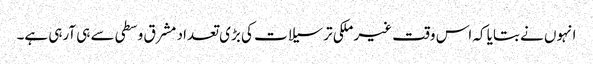
انہوں نے بتایا کہ اس وقت غیر ملکی ترسیلات کی بڑی تعداد مشرق وسطی سے ہی آرہی ہے۔